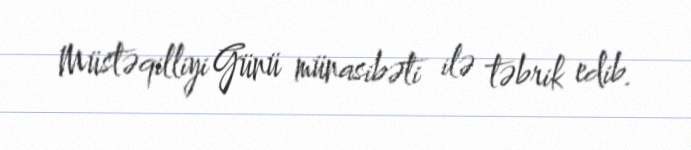
Müstəqilliyi Günü münasibəti ilə təbrik edib.